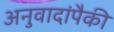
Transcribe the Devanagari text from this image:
अनुवादांपैकी